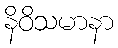
နိဝိသမာနာ